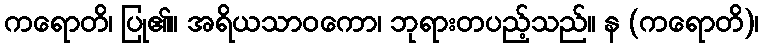
ကရောတိ၊ ပြု၏။ အရိယသာဝကော၊ ဘုရားတပည့်သည်။ န (ကရောတိ)၊